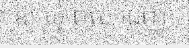
ឱ្យ ឃុំ ពល ដេញ